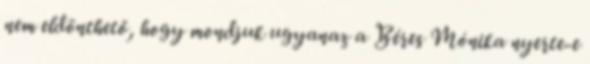
nem eldönthető, hogy mondjuk ugyanaz a Béres Mónika nyerte-e